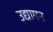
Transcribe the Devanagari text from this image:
उद्यामन